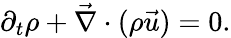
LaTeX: \partial_{t}\rho+\vec{\nabla}\cdot(\rho\vec{u})=0.